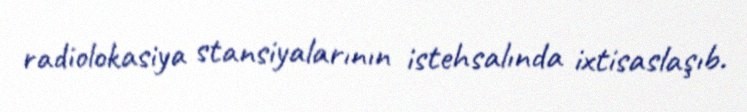
radiolokasiya stansiyalarının istehsalında ixtisaslaşıb.